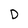
Character: D